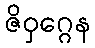
ဇိဝှဂ္ဂေန